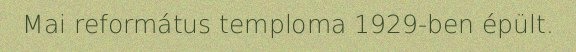
Mai református temploma 1929-ben épült.